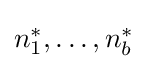
{\textstyle n_{1}^{\ast },\ldots ,n_{b}^{\ast }}